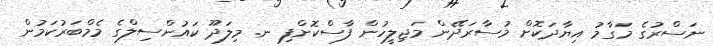
ނަސްރުގެ މަގާމު އިޔާދަކޮށް މުސާރަދޭން މަޖިލީހުން ފާސްކޮށްފި ނ. މިލަދޫ ކައުންސިލްގެ މެމްބަރުކަމުން